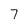
Character: 7